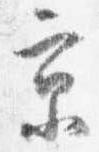
京